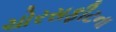
ચોરસફીટના